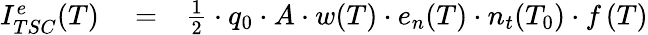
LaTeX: \begin{array}{rlr}{I_{TSC}^{e}(T)}&{{}=}&{{\frac{1}{2}}\cdot q_{0}\cdot A\cdot w(T)\cdot e_{n}(T)\cdot n_{t}(T_{0})\cdot f\left(T\right)}\end{array}